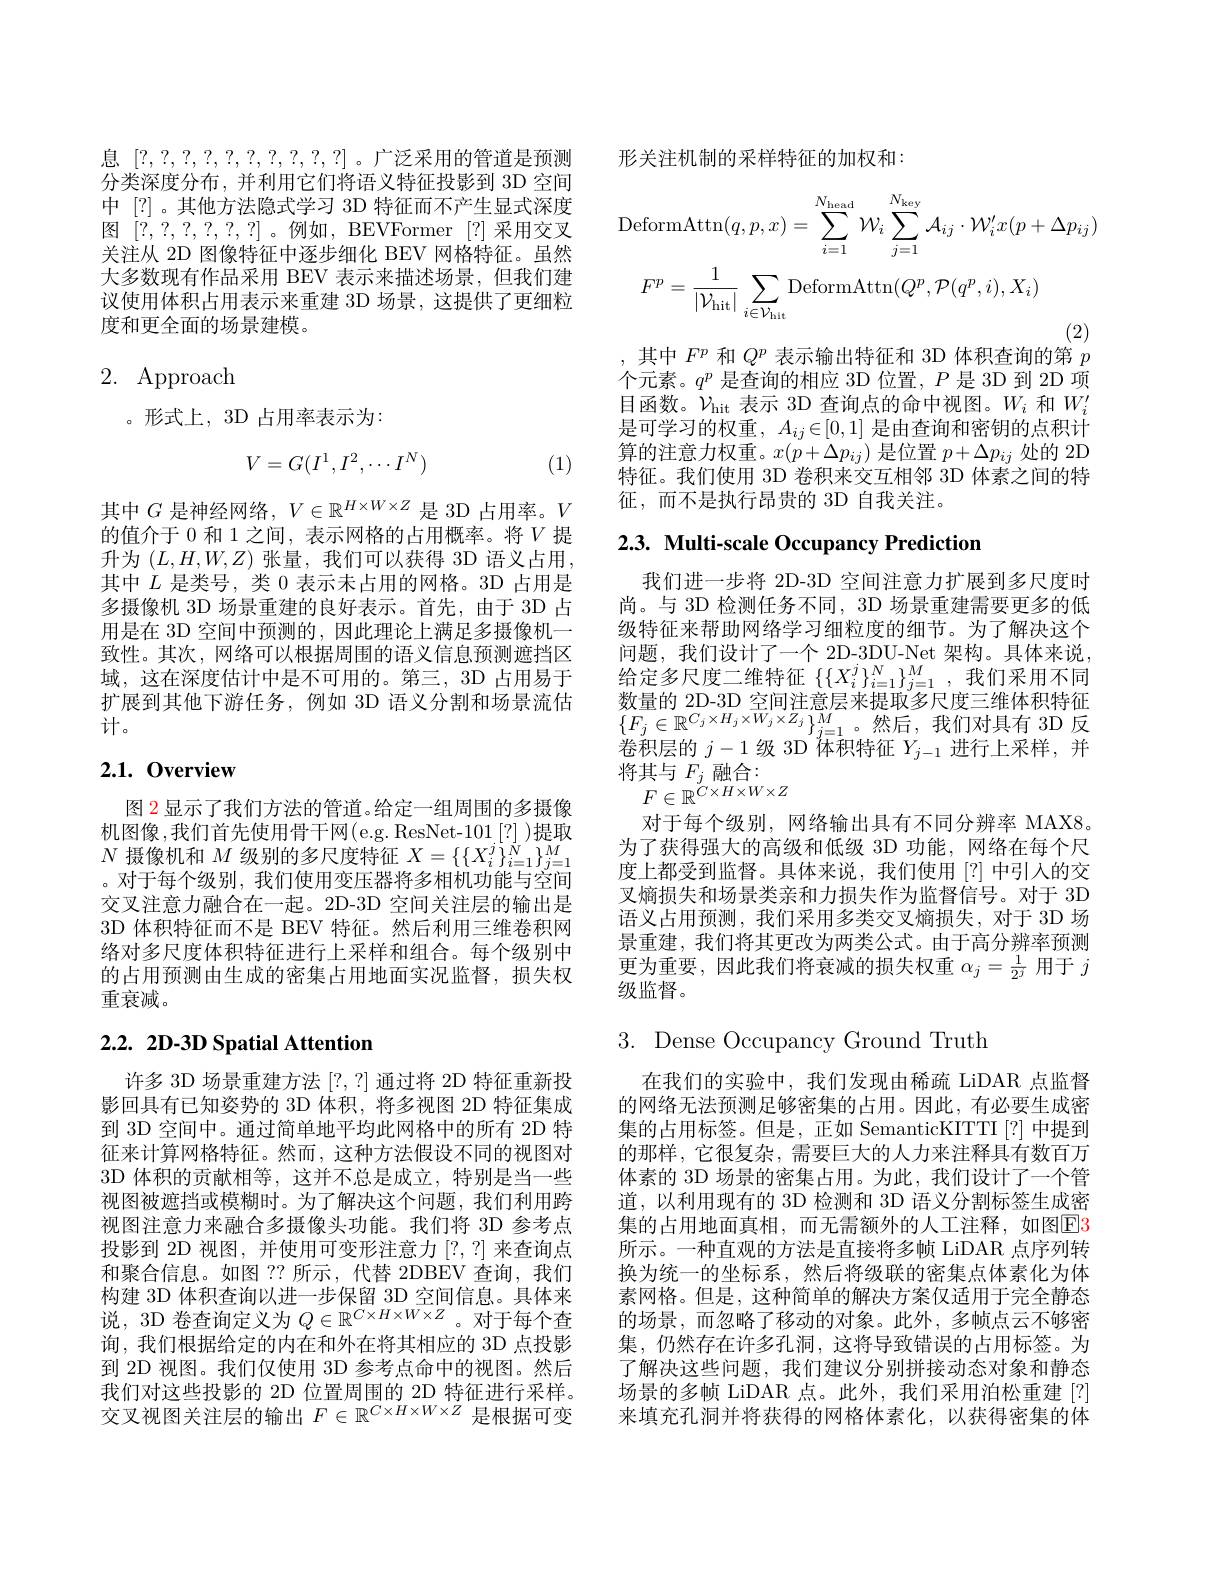
息[?,?,?,?,?,?,?,?,?,?,?,?]。广泛采用的管道是预测分类深度分布，并利用它们将语义特征投影到 3D 空间中 [?]。其他方法隐式学习 3D 特征而不产生显式深度图[?,?,?,?,?,?,?]。例如，BEVFormer [?]采用交叉关注从 2D 图像特征中逐步细化 BEV 网格特征。虽然大多数现有作品采用 BEV 表示来描述场景，但我们建议使用体积占用表示来重建 3D 场景，这提供了更细粒度和更全面的场景建模。

# 2. Approach

。形式上，3D 占用率表示为：
$$V=G(I^1,I^2,\cdots I^N)$$
(1)

其中$G$是神经网络，$V\in\mathbb{R}^H\times W\times Z$是 3D 占用率。$V$ 的值介于 0 和 1 之间，表示网格的占用概率。将$V$提升为$(L,H,W,Z)$张量，我们可以获得 3D 语义占用， 其中$L$是类号，类 0 表示未占用的网格。3D 占用是多摄像机 3D 场景重建的良好表示。首先，由于 3D 占用是在 3D 空间中预测的，因此理论上满足多摄像机一致性。其次，网络可以根据周围的语义信息预测遮挡区域，这在深度估计中是不可用的。第三，3D 占用易于扩展到其他下游任务，例如 3D 语义分割和场景流估计。

## 2.1.0verview

图 2 显示了我们方法的管道。给定一组周围的多摄像机图像，我们首先使用骨干网(e.g. ResNet-101[?] )提取$N$摄像机和$M$级别的多尺度特征$X=\{\{X_i^j\}_{i=1}^N\}_{j=1}^M$ 。对于每个级别，我们使用变压器将多相机功能与空间交叉注意力融合在一起。2D-3D 空间关注层的输出是3D 体积特征而不是 BEV 特征。然后利用三维卷积网络对多尺度体积特征进行上采样和组合。每个级别中的占用预测由生成的密集占用地面实况监督，损失权重衰减。

# $2.2.2D-3DSpatialAttention$

许多 3D 场景重建方法[?,?]通过将 2D 特征重新投影回具有已知姿势的 3D 体积，将多视图 2D 特征集成到 3D 空间中。通过简单地平均此网格中的所有 2D 特征来计算网格特征。然而，这种方法假设不同的视图对3D 体积的贡献相等，这并不总是成立，特别是当一些视图被遮挡或模糊时。为了解决这个问题，我们利用跨视图注意力来融合多摄像头功能。我们将 3D 参考点投影到 2D 视图，并使用可变形注意力[?,?]来查询点和聚合信息。如图 ?? 所示，代替 2DBEV 查询，我们构建 3D 体积查询以进一步保留 3D 空间信息。具体来说，3D 卷查询定义为$Q\in\mathbb{R}^C\times H\times W\times Z$。对于每个查询，我们根据给定的内在和外在将其相应的 3D 点投影到 2D 视图。我们仅使用 3D 参考点命中的视图。然后我们对这些投影的 2D 位置周围的 2D 特征进行采样。交叉视图关注层的输出$F\in\mathbb{R}^{C\times H\times W\times Z}$是根据可变

形关注机制的采样特征的加权和：
$$\mathrm{DeformAttn}(q,p,x)=\sum_{i=1}^{N_{\mathrm{head}}}\mathcal{W}_{i}\sum_{j=1}^{N_{\mathrm{key}}}\mathcal{A}_{ij}\cdot\mathcal{W}_{i}^{\prime}x(p+\Delta p_{ij})\\F^{p}=\frac{1}{|\mathcal{V}_{\mathrm{hit}}|}\sum_{i\in\mathcal{V}_{\mathrm{hit}}}\mathrm{DeformAttn}(Q^{p},\mathcal{P}(q^{p},i),X_{i})$$
其中$F^p$和$Q^p$表示输出特征和 3D 体积查询的第$p$

个元素。$q^p$是查询的相应 3D 位置，$P$是 3D 到 2D 项目函数。$\mathcal{V}_\mathrm{hit}$表示 3D 查询点的命中视图。$W_i$和$W_i^\prime$ 是可学习的权重，$A_ij\in[0,1]$是由查询和密钥的点积计算的注意力权重。$x(p+\Delta p_{ij})$是位置$p+\Delta p_ij$处的 2D 特征。我们使用 3D 卷积来交互相邻 3D 体素之间的特征，而不是执行昂贵的 3D 自我关注。

# 2.3. Multi-scale Occupancy Prediction

我们进一步将 2D-3D 空间注意力扩展到多尺度时尚。与 3D 检测任务不同，3D 场景重建需要更多的低级特征来帮助网络学习细粒度的细节。为了解决这个问题，我们设计了一个 2D-3DU-Net 架构。具体来说， 给定多尺度二维特征$\left\{\{X_i^j\}_{i=1}^N\right\}_{j=1}^M$,我们采用不同数量的 2D-3D 空间注意层来提取多尺度三维体积特征$\left\{F_{j}\in\mathbb{R}^{C_{j}\times H_{j}\times W_{j}\times Z_{j}}\right\}_{j=1}^{M}$。然后，我们对具有3D反卷积层的$j-1$级 3D 体积特征$Y_j-1$进行上采样，并$\begin{array}{c}\text{将其与 }F_j\text{ 融合：}\\F\in\mathbb{R}^{C\times H\times W\times Z}\end{array}$
对于每个级别，网络输出具有不同分辨率 MAX8。为了获得强大的高级和低级 3D 功能，网络在每个尺度上都受到监督。具体来说，我们使用[?]中引人的交叉熵损失和场景类亲和力损失作为监督信号。对于 3D 语义占用预测，我们采用多类交叉熵损失，对于 3D 场景重建，我们将其更改为两类公式。由于高分辨率预测更为重要，因此我们将衰减的损失权重$\alpha_j=\frac1{2^j}$用于$j$ 级监督。

3. Dense Occupancy Ground Truth

在我们的实验中，我们发现由稀疏 LiDAR 点监督的网络无法预测足够密集的占用。因此，有必要生成密集的占用标签。但是，正如 SemanticKITTI[?] 中提到的那样，它很复杂，需要巨大的人力来注释具有数百万体素的 3D 场景的密集占用。为此，我们设计了一个管道，以利用现有的 3D 检测和 3D 语义分割标签生成密集的占用地面真相，而无需额外的人工注释，如图$\boxed{\mathrm{F}}3$ 所示。一种直观的方法是直接将多帧 LiDAR 点序列转换为统一的坐标系，然后将级联的密集点体素化为体素网格。但是，这种简单的解决方案仅适用于完全静态的场景，而忽略了移动的对象。此外，多帧点云不够密集，仍然存在许多孔洞，这将导致错误的占用标签。为了解决这些问题，我们建议分别拼接动态对象和静态场景的多帧 LiDAR 点。此外，我们采用泊松重建[?] 来填充孔洞并将获得的网格体素化，以获得密集的体